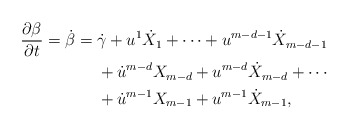
\begin{align*}\frac{\partial \beta}{\partial t} =\dot{\beta} = {} & \dot{\gamma} + u^{1} \dot{X}_{1} + \dotsb + u^{m-d-1} \dot{X}_{m-d-1}\\&+ \dot{u}^{m-d} X_{m-d} + u^{m-d} \dot{X}_{m-d} + \dotsb\\&+ \dot{u}^{m-1} X_{m-1} + u^{m-1} \dot{X}_{m-1},\end{align*}